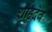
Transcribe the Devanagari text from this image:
शाहदेव